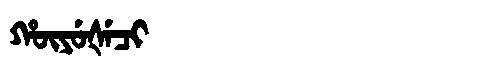
Manchu: ᡥᡡᠶᡠᡧᡝᠴᡳ
Romanization: HŪYUŠECI